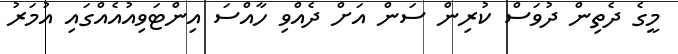
މީގެ ދެތިން ދުވަސް ކުރިން ސަން އަށް ދެއްވި ހާއްސަ އިންޓަވިއުއެއްގައި އުމަރު